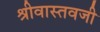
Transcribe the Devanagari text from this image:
श्रीवास्तवजी